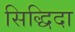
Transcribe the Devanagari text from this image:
सिद्धिदा